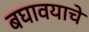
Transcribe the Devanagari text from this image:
बघावयाचे